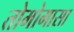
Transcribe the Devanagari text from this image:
तोमोमासा